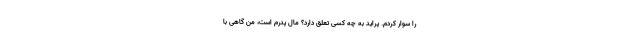
را سوار کردم. پراید به چه کسی تعلق دارد؟ مال پدرم است، من گاهی با